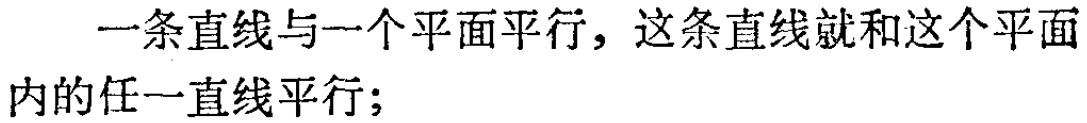
一条直线与一个平面平行，这条直线就和这个平面内的任一直线平行；